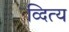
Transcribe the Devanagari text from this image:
व्दित्य